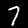
Digit: 7